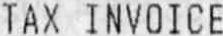
TAX INVOICE